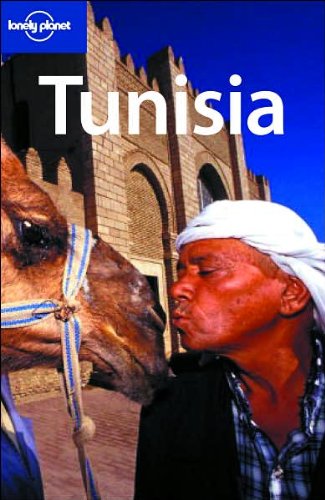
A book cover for Lonely Planet Tunisia (Country Guide); Abigail Hole; Travel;